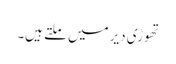
تھوڑی دیر میں ملتے ہیں۔